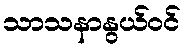
သာသနာနွယ်ဝင်